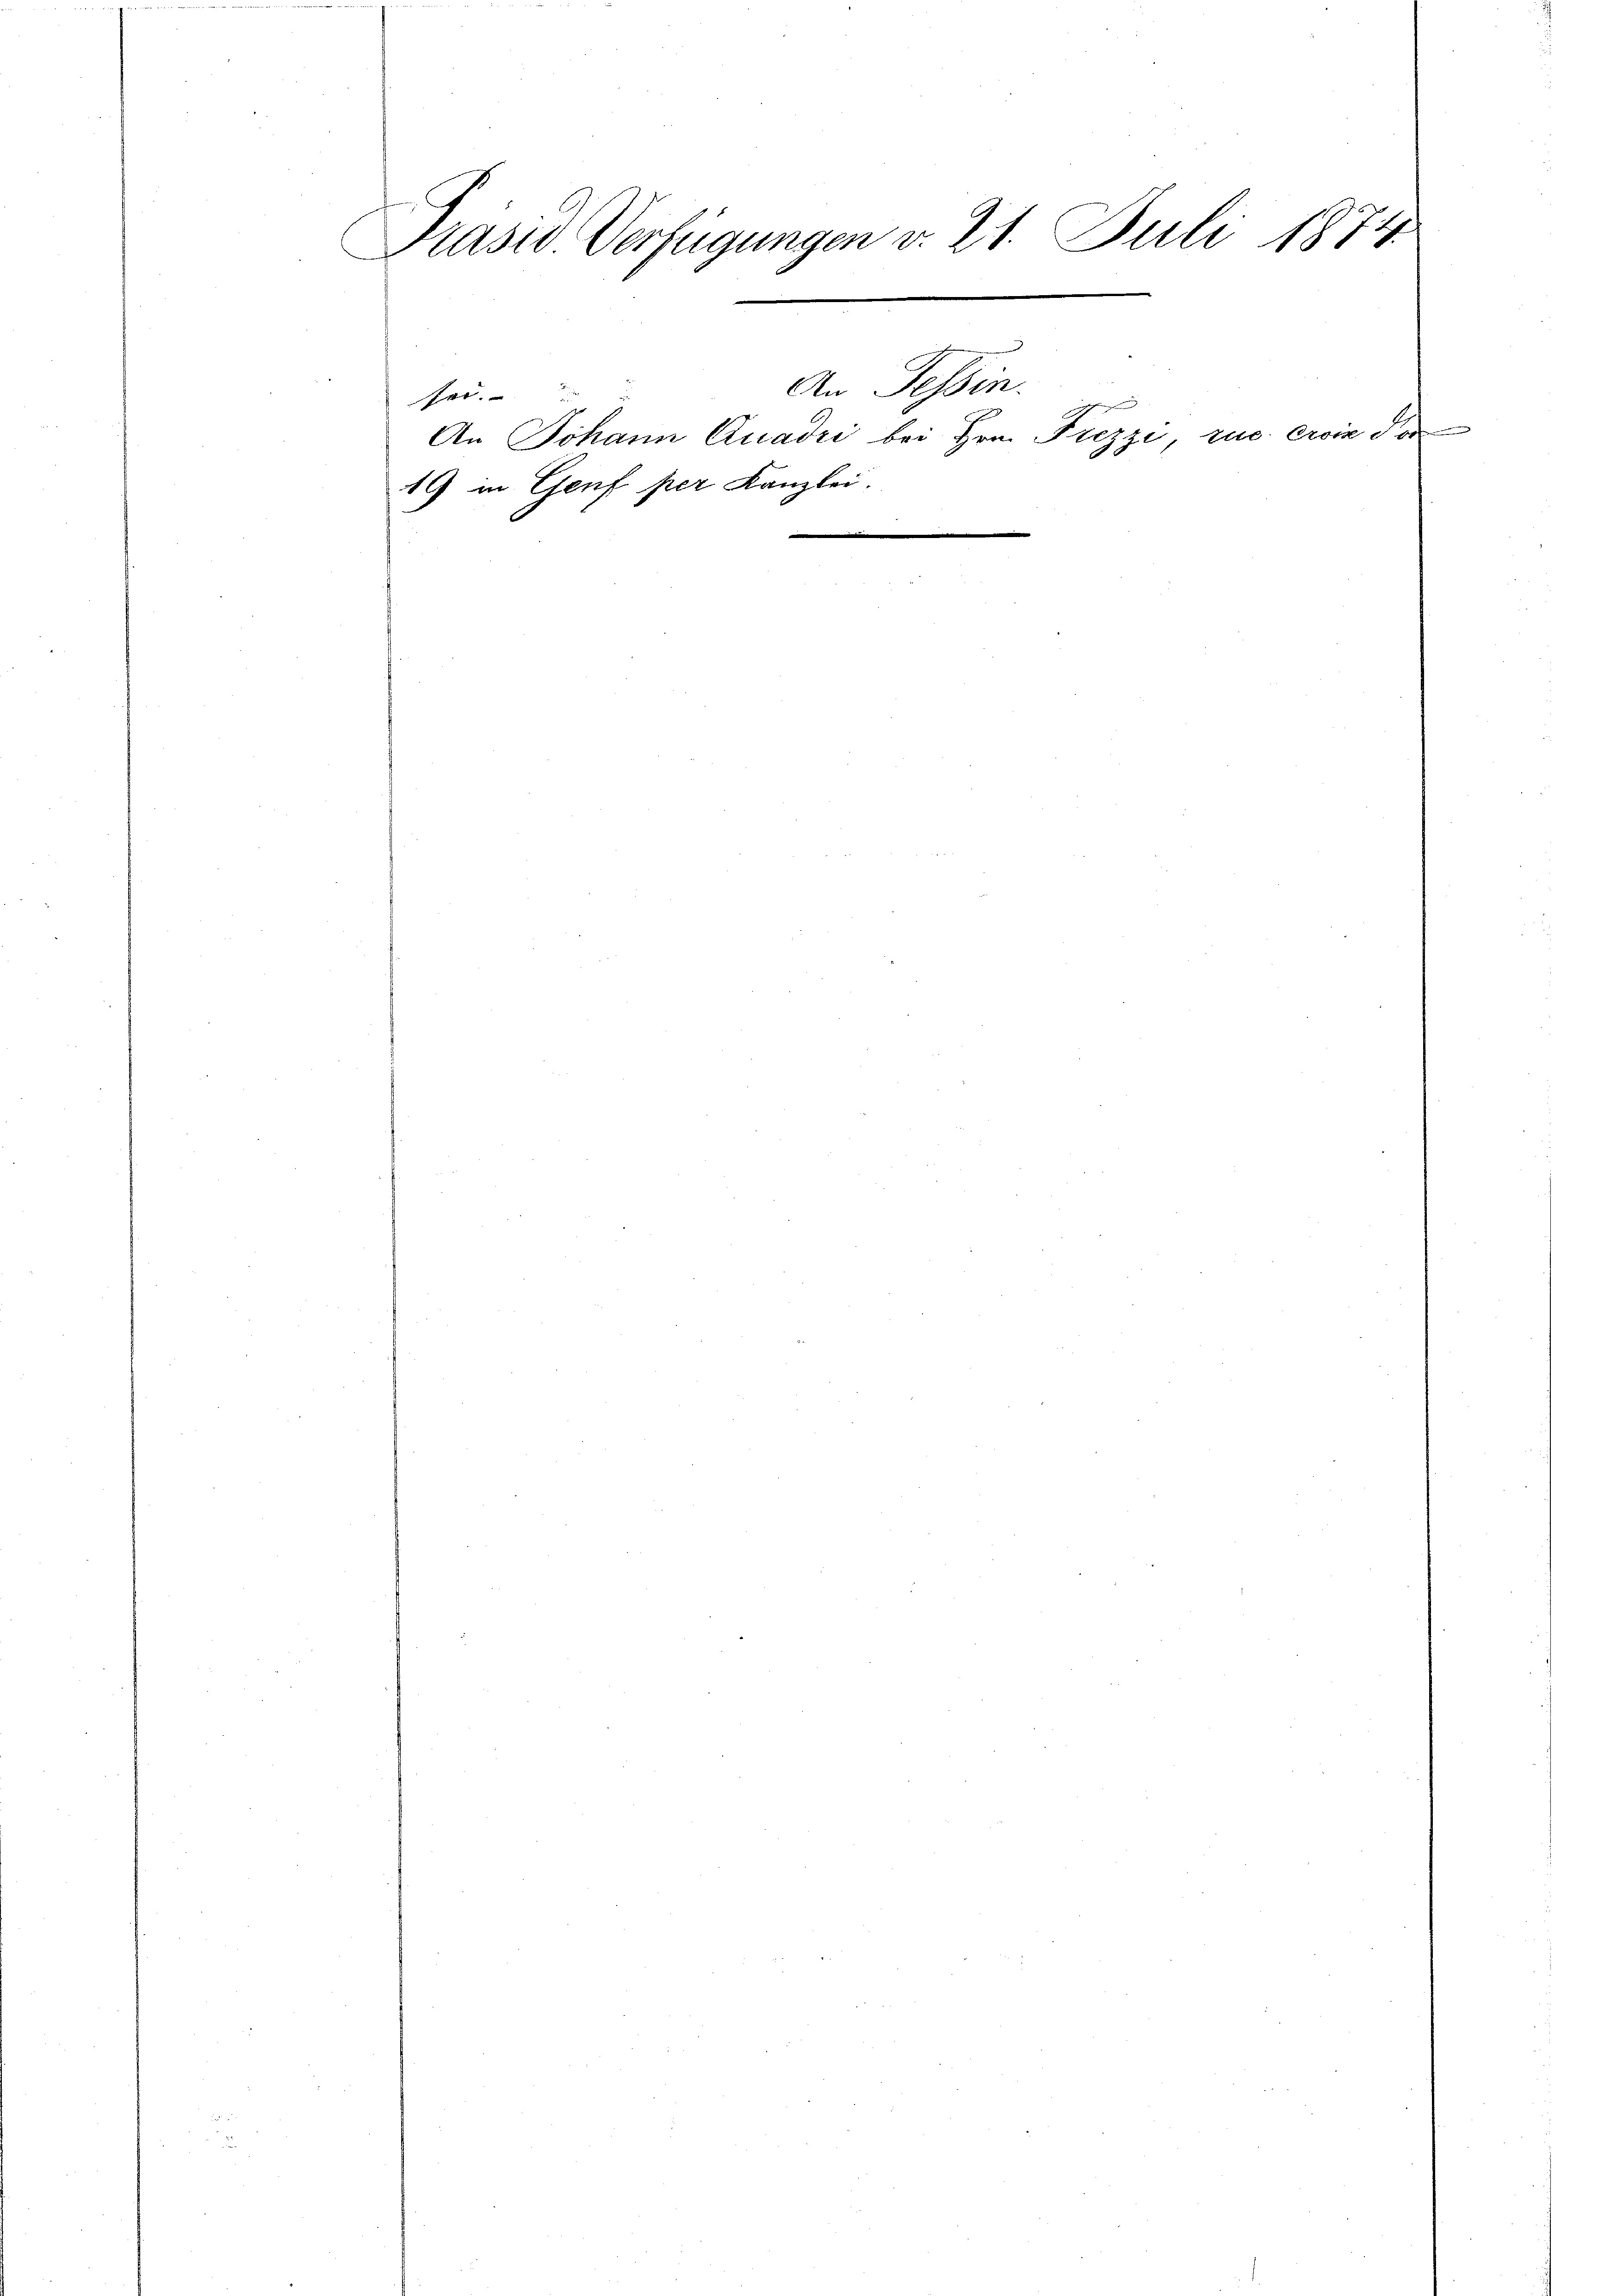
Präsid. Verfügungen d. 21. Juli 1874
e

sei.
19 in Genf per Kanzlei.

An Tessin.
An Johann Quadri bei Hrn. Frizzi, zu erin der

e